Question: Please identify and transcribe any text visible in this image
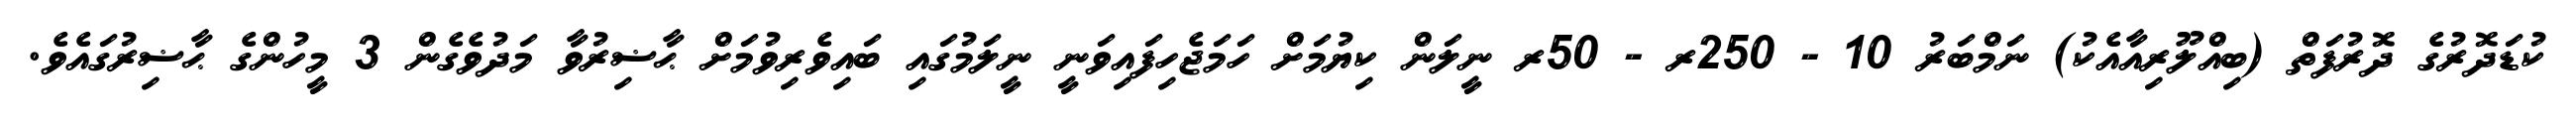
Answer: ކުޑަދޮރުގެ ދޮރުފަތް (ބިއްލޫރިއާއެކު) ނަމްބަރު 10 - 250ރ - 50ރ ނީލަން ކިޔުމަށް ހަމަޖެހިފައިވަނީ ނީލަމުގައި ބައިވެރިވުމަށް ޙާޟިރުވާ މަދުވެގެން 3 މީހުންގެ ޙާޟިރުގައެވެ.